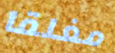
مغلقا